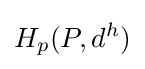
H_{p}(P,d^{h})